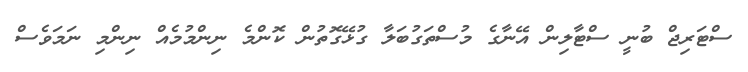
ސްޓަރިޖް ބުނީ ސްޓާލިން އޭނާގެ މުސްތަގުބަލާ ގުޅޭގޮތުން ކޮންމެ ނިންމުމެއް ނިންމި ނަމަވެސް